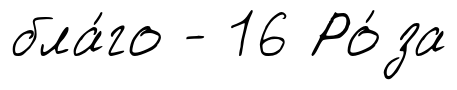
бла́го - 16 Ро́за